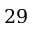
2 9